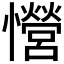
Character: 𢥏